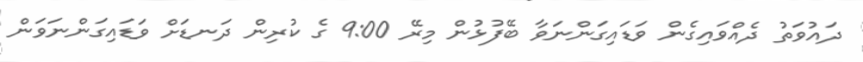
ދައުވަތު ދެއްވައިގެން ވަޑައިގަންނަވާ ބޭފުޅުން މިރޭ 9:00 ގެ ކުރިން ދަނޑަށް ވަޑައިގަންނަވަން